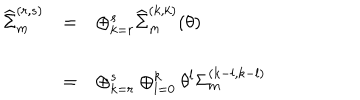
\begin{array} { l c l } { { { \widehat \Sigma } _ { m } ^ { ( r , s ) } } } & { { = } } & { { \oplus _ { k = r } ^ { s } { \widehat \Sigma } _ { m } ^ { ( k , k ) } ( \theta ) } } \\ { { } } & { { = } } & { { \oplus _ { k = r } ^ { s } \oplus _ { l = 0 } ^ { k } { \theta } ^ { l } { \Sigma } _ { m } ^ { ( k - l , k - l ) } } } \\ \end{array}